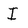
Character: I